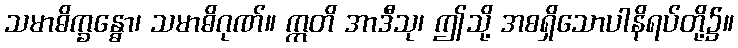
သမာဓိက္ခန္ဓော၊ သမာဓိဂုဏ်။ ဣတိ အာဒီသု၊ ဤသို့ အစရှိသောပါနိရပ်တို့၌။